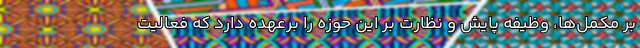
بر مکمل‌ها، وظیفه پایش و نظارت بر این حوزه را برعهده دارد که فعالیت